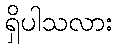
ရှိပါသလား